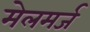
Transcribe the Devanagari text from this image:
मेलमर्ज